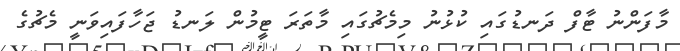
މާފަންނު ޓާފް ދަނޑުގައި ކުޅުނު މިމެޗުގައި މާތަރަ ޓީމުން ލަނޑު ޖަހާފައިވަނީ މެޗުގެ